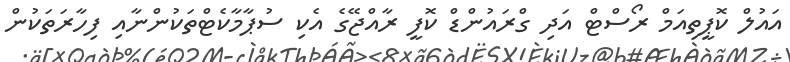
އައުލް ކޮޕީތިއަމް ރޯސްޓް އަދި ގްރައުންޑް ކޮފީ ރާއްޖޭގެ އެކި ސުޕާމާކެޓްތަކުންނާއި ފިހާރަތަކުން